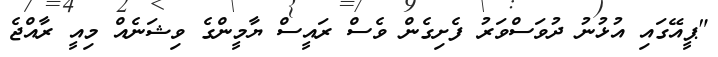
"ޕީއޭގައި އުޅުނު ދުވަސްވަރު ފެށިގެން ވެސް ރައީސް ޔާމީންގެ ވިޝަނެއް މިއީ ރާއްޖެ